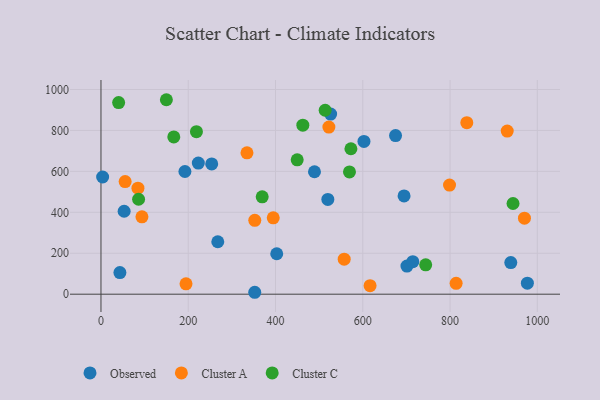
{"axis": {"x": "Experience", "y": "Demand"}, "legend": ["Cluster A", "Cluster C", "Observed"], "data": [{"x": "939.2", "y": 154.3, "type": "Observed"}, {"x": "694.6", "y": 480.0, "type": "Observed"}, {"x": "223.1", "y": 640.7, "type": "Observed"}, {"x": "253.8", "y": 636.2, "type": "Observed"}, {"x": "489.3", "y": 598.1, "type": "Observed"}, {"x": "977.2", "y": 54.0, "type": "Observed"}, {"x": "519.9", "y": 462.8, "type": "Observed"}, {"x": "53.1", "y": 405.2, "type": "Observed"}, {"x": "701.2", "y": 137.3, "type": "Observed"}, {"x": "267.7", "y": 256.3, "type": "Observed"}, {"x": "675.1", "y": 775.1, "type": "Observed"}, {"x": "43.4", "y": 105.6, "type": "Observed"}, {"x": "402.8", "y": 197.6, "type": "Observed"}, {"x": "352.4", "y": 9.4, "type": "Observed"}, {"x": "714.6", "y": 158.9, "type": "Observed"}, {"x": "3.8", "y": 572.6, "type": "Observed"}, {"x": "602.7", "y": 746.5, "type": "Observed"}, {"x": "526.3", "y": 880.1, "type": "Observed"}, {"x": "192.4", "y": 599.3, "type": "Observed"}, {"x": "84.7", "y": 518.0, "type": "Cluster A"}, {"x": "334.6", "y": 690.4, "type": "Cluster A"}, {"x": "557.4", "y": 171.1, "type": "Cluster A"}, {"x": "798.8", "y": 532.9, "type": "Cluster A"}, {"x": "616.7", "y": 41.7, "type": "Cluster A"}, {"x": "970.5", "y": 371.4, "type": "Cluster A"}, {"x": "931.0", "y": 796.8, "type": "Cluster A"}, {"x": "55.4", "y": 550.2, "type": "Cluster A"}, {"x": "813.9", "y": 53.2, "type": "Cluster A"}, {"x": "838.4", "y": 837.9, "type": "Cluster A"}, {"x": "352.5", "y": 360.8, "type": "Cluster A"}, {"x": "93.9", "y": 378.2, "type": "Cluster A"}, {"x": "394.8", "y": 373.1, "type": "Cluster A"}, {"x": "194.9", "y": 50.7, "type": "Cluster A"}, {"x": "522.3", "y": 816.3, "type": "Cluster A"}, {"x": "944.3", "y": 443.0, "type": "Cluster C"}, {"x": "513.8", "y": 898.7, "type": "Cluster C"}, {"x": "166.9", "y": 768.4, "type": "Cluster C"}, {"x": "572.8", "y": 710.5, "type": "Cluster C"}, {"x": "744.2", "y": 143.5, "type": "Cluster C"}, {"x": "218.8", "y": 794.0, "type": "Cluster C"}, {"x": "462.6", "y": 825.9, "type": "Cluster C"}, {"x": "369.5", "y": 475.7, "type": "Cluster C"}, {"x": "569.5", "y": 597.5, "type": "Cluster C"}, {"x": "149.9", "y": 950.0, "type": "Cluster C"}, {"x": "449.7", "y": 656.5, "type": "Cluster C"}, {"x": "40.5", "y": 936.2, "type": "Cluster C"}, {"x": "86.2", "y": 463.9, "type": "Cluster C"}]}